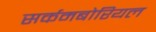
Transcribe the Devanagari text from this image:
सर्कमबोरियल